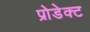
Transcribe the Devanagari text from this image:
प्रोडेक्ट